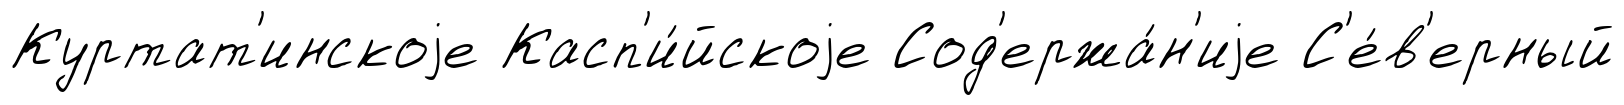
Куртат'инскоjе Касп'и́йскоjе Сод'ержа́н'иjе С'е́в'ерный